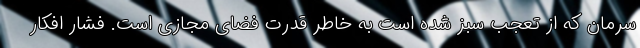
سرمان که از تعجب سبز شده است به خاطر قدرت فضای مجازی است. فشار افکار